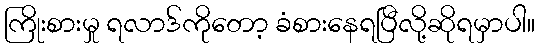
ကြိုးစားမှု ရလာဒ်ကိုတော့ ခံစားနေရပြီလို့ဆိုရမှာပါ။